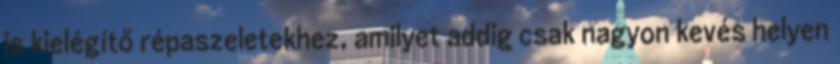
is kielégítő répaszeletekhez, amilyet addig csak nagyon kevés helyen